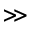
\gg